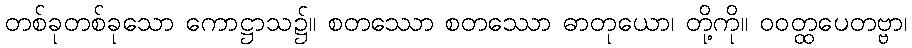
တစ်ခုတစ်ခုသော ကောဋ္ဌာသ၌။ စတဿော စတဿော ဓာတုယော၊ တို့ကို။ ဝဝတ္ထပေတဗ္ဗာ၊